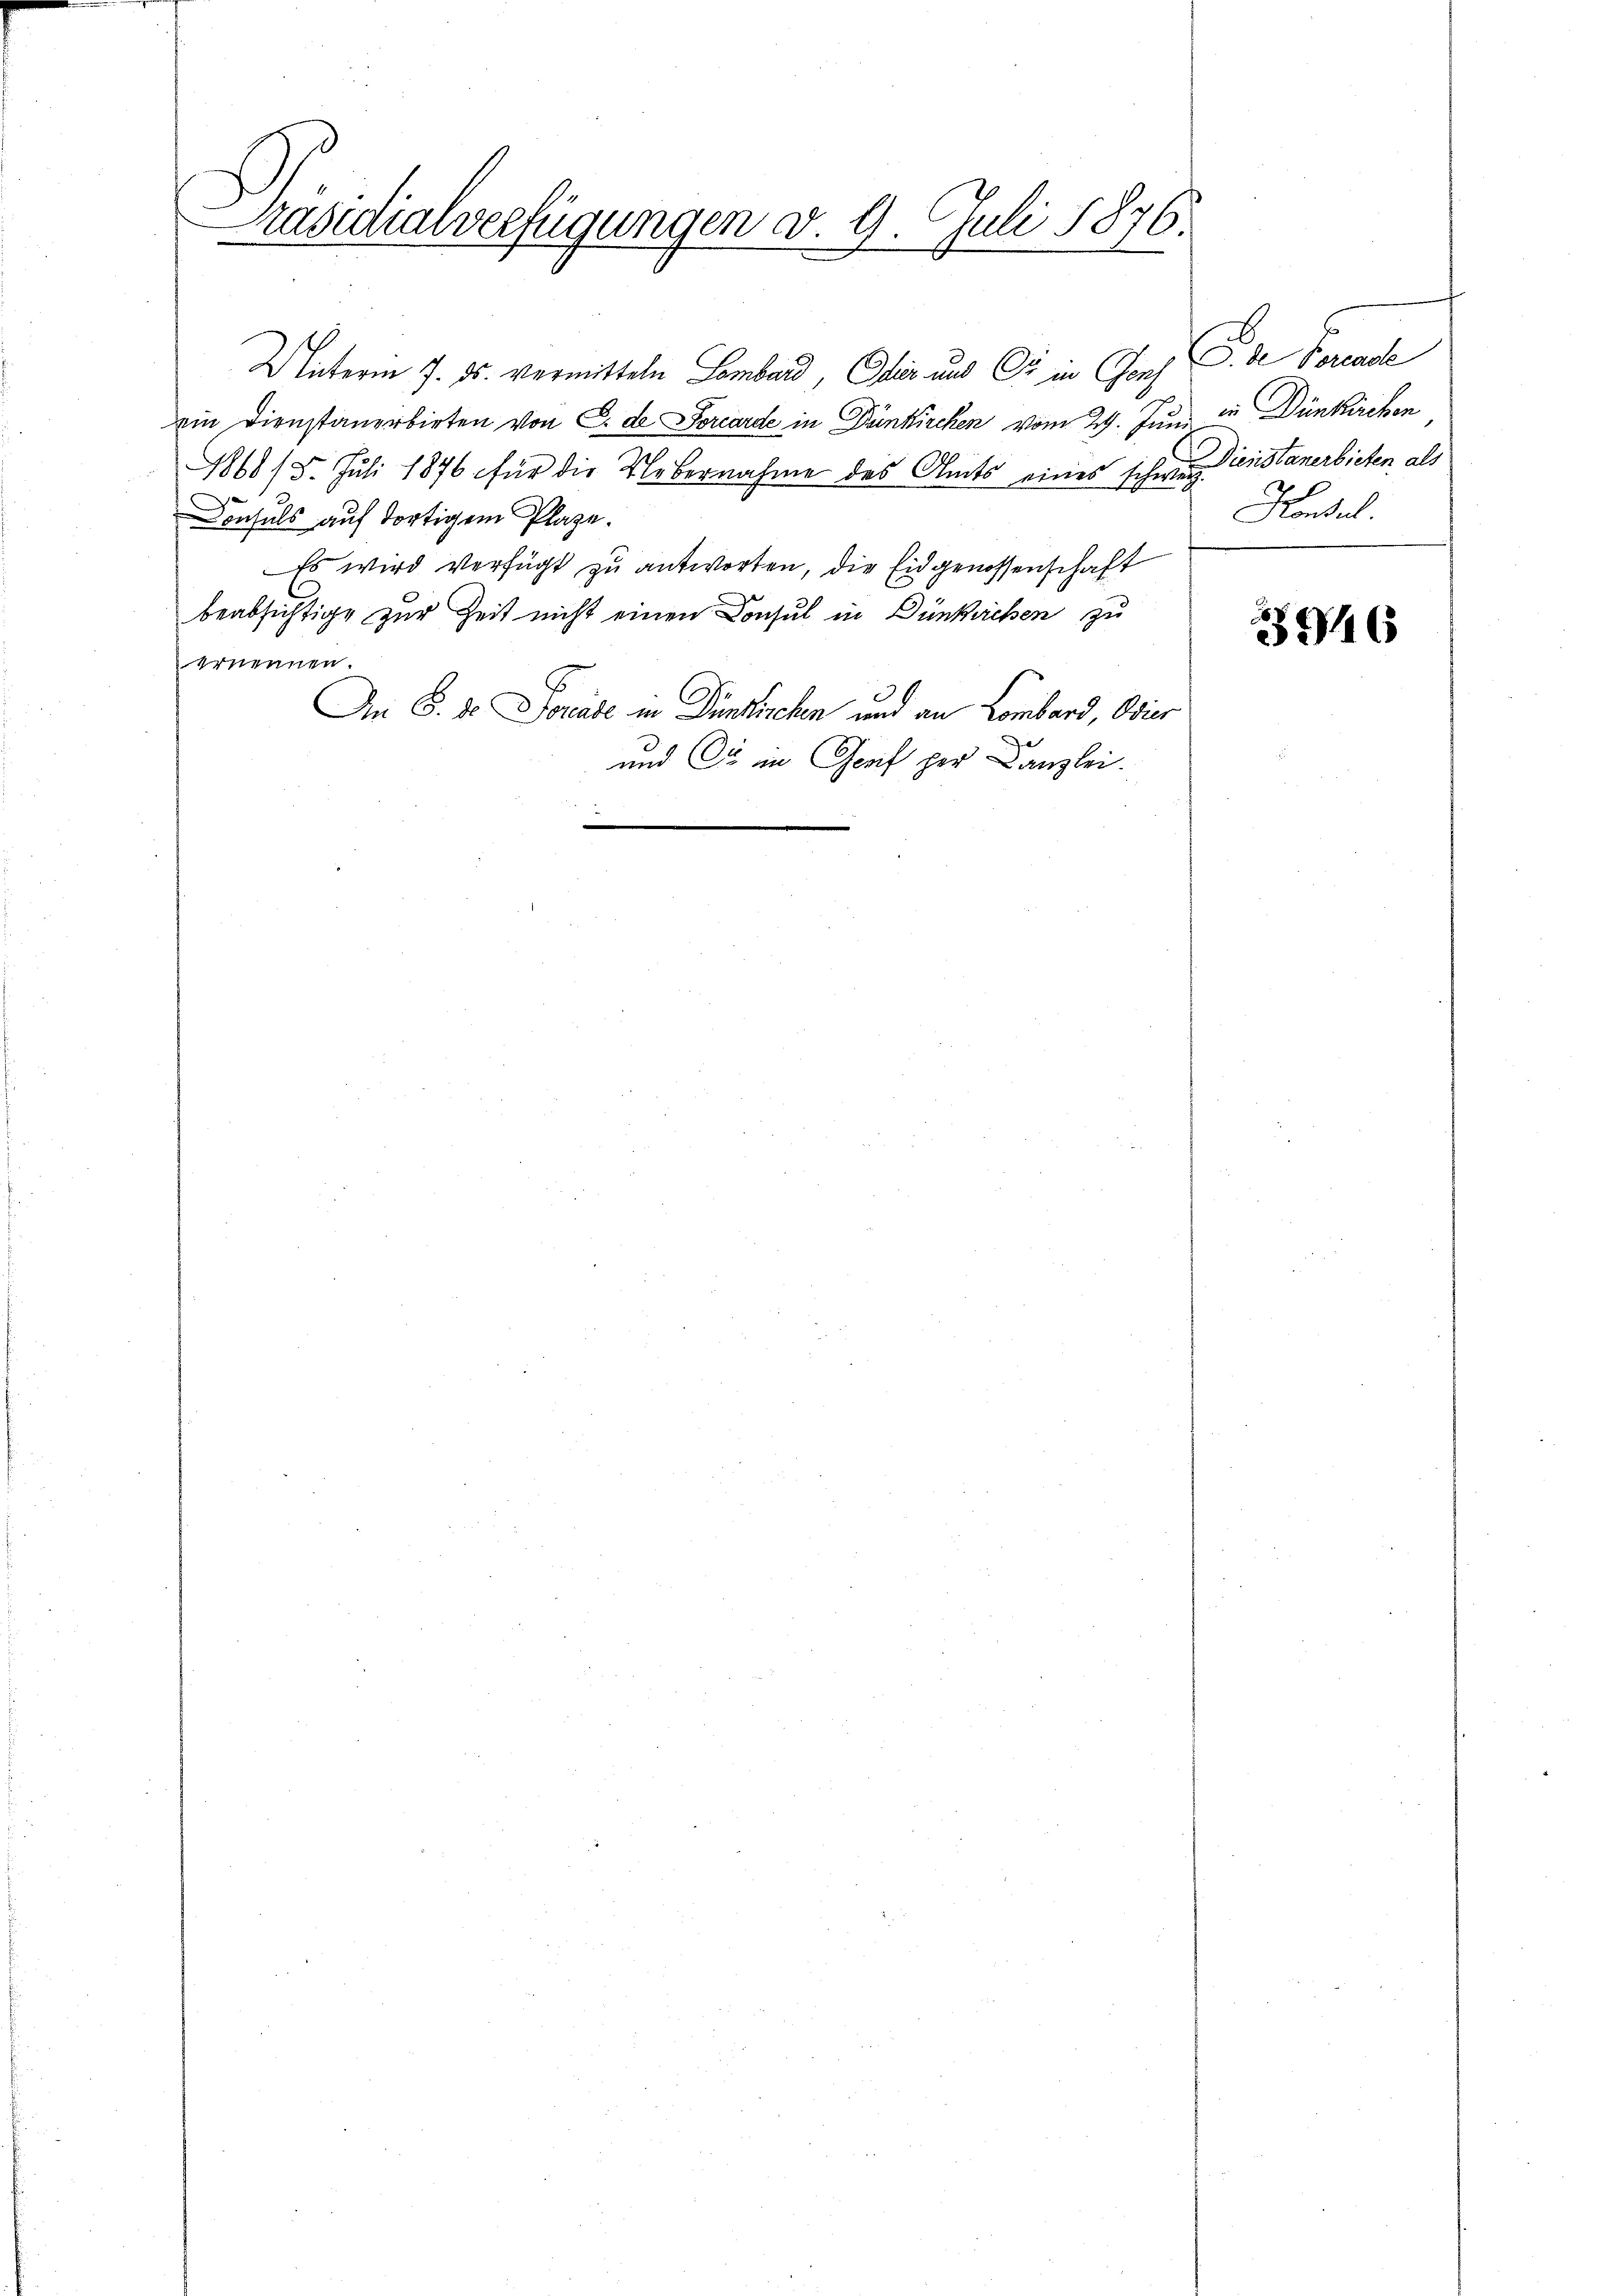
Präsidialverfügungen d. 9. Juli 1876.
x

Unterm 7. ds. vermitteln Lombard, Eliz und Er in Conf
ein Dienstanerbieten von C. de Forcarde in Dünkirchen vom 29. Juni in Dünkirchen
1868/5. Juli 1876 für die Uebernahme des Amts eines schweiz.
Consuls auf dortigem Plaze.
Es wird verfügt zu antworten, die Eidgenossenschaft
beabsichtige zur Zeit nicht einen Consul in Dünkuchen zu
ernennen.
An 8. d. Porade in Dünkirchen und an Lombard, Ovier
und Cie in Genf per Canzlei.

Da Facul
Dienstanerbieten, als
Konsul

3946